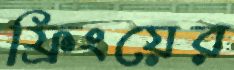
ফ্রিংয়ের